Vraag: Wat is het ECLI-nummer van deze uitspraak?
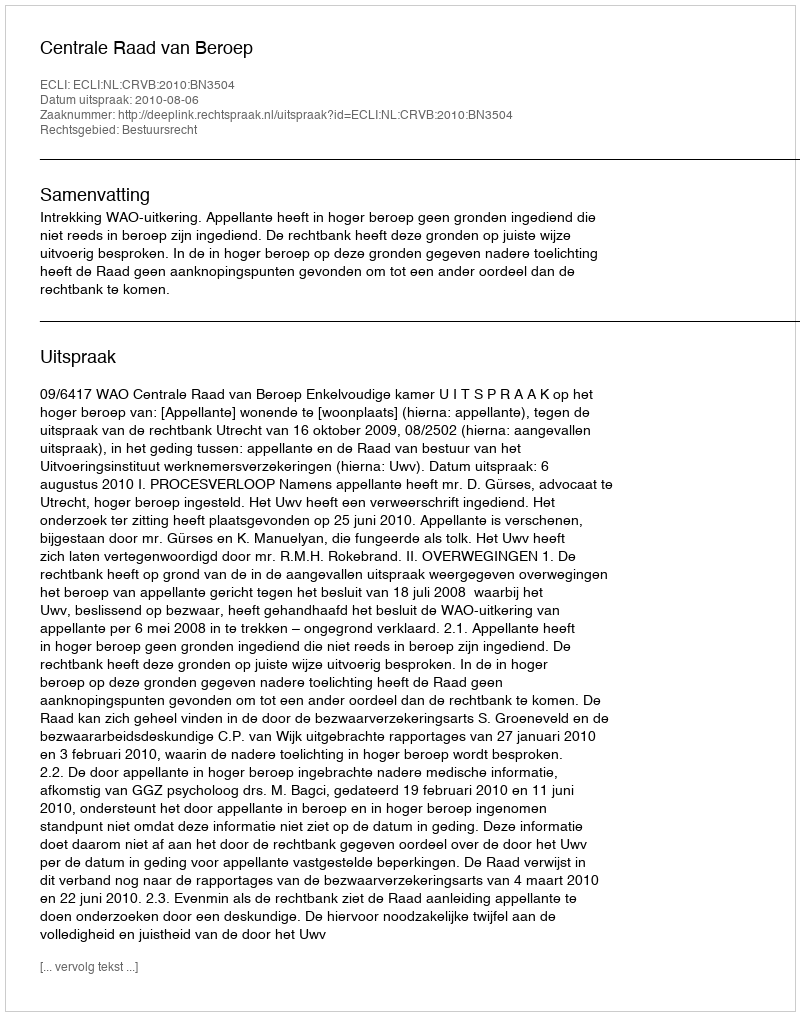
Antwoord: ECLI:NL:CRVB:2010:BN3504